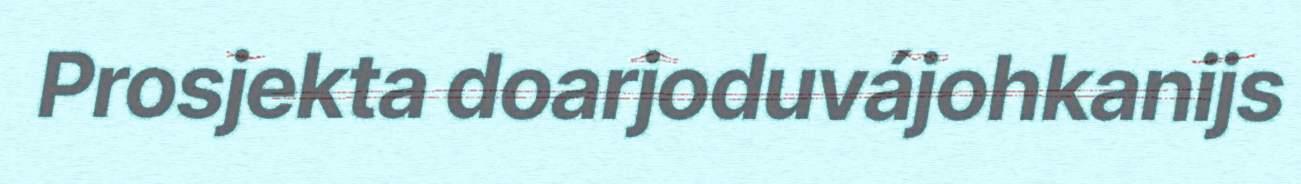
Prosjekta doarjoduvájohkanijs